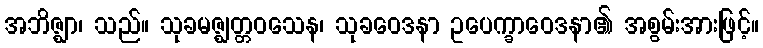
အဘိဇ္ဈာ၊ သည်။ သုခမဇ္ဈတ္တဝသေန၊ သုခဝေဒနာ ဥပေက္ခာဝေဒနာ၏ အစွမ်းအားဖြင့်။